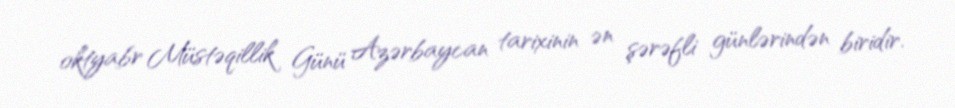
oktyabr Müstəqillik Günü Azərbaycan tarixinin ən şərəfli günlərindən biridir.